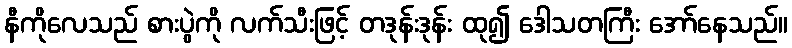
နီကိုလေသည် စားပွဲကို လက်သီးဖြင့် တဒုန်းဒုန်း ထု၍ ဒေါသတကြီး အော်နေသည်။